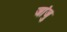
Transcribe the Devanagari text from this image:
जांजु